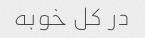
در کل خوبه